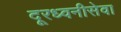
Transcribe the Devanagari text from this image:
दूरध्वनीसेवा